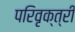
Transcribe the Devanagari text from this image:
परिवृक्त्री